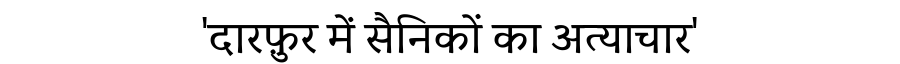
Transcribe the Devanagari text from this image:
'दारफ़ुर में सैनिकों का अत्याचार'